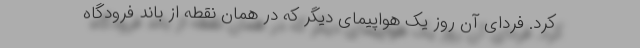
کرد. فردای آن روز یک هواپیمای دیگر که در همان نقطه از باند فرودگاه